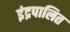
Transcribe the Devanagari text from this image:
इंद्रपालित